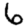
Digit: 6